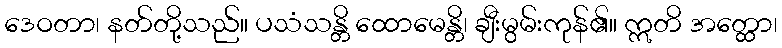
ဒေဝတာ၊ နတ်တို့သည်။ ပသံသန္တိ ထောမေန္တိ၊ ချီးမွမ်းကုန်၏။ ဣတိ အတ္ထော၊